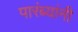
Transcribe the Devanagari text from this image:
पारंब्यांनी